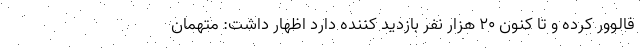
فالوور کرده و تا کنون ۲۰ هزار نفر بازدید کننده دارد اظهار داشت: متهمان